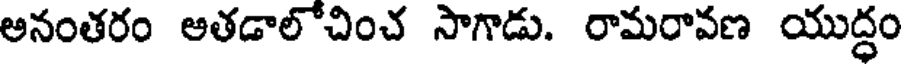
అనంతరం అతడాలోచించ సాగాడు. రామరావణ యుద్ధం